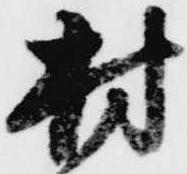
村